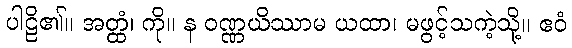
ပါဠိ၏။ အတ္ထံ၊ ကို။ န ဝဏ္ဏယိဿာမ ယထာ၊ မဖွင့်သကဲ့သို့။ ဧဝံ